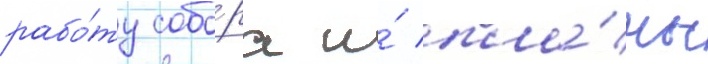
рабо́ту собо́ра и́ пла́ны